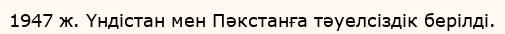
1947 ж. Үндістан мен Пәкстанға тәуелсіздік берілді.